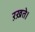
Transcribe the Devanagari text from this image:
ऱख़ते।